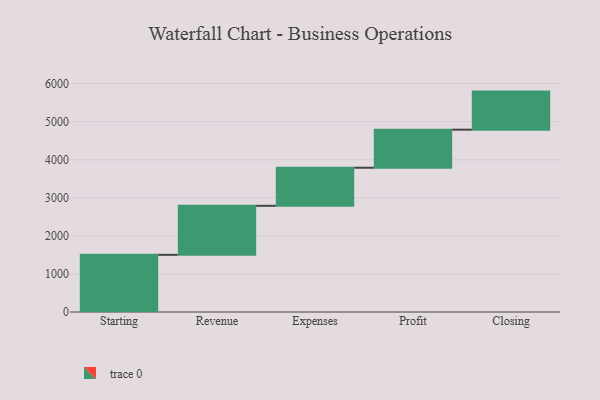
{"axis": {"x": "Step", "y": "Value"}, "legend": [""], "data": [{"x": "Starting", "y": 1502.0, "type": ""}, {"x": "Revenue", "y": 1288.0, "type": ""}, {"x": "Expenses", "y": 1000, "type": ""}, {"x": "Profit", "y": 1000, "type": ""}, {"x": "Closing", "y": 1000, "type": ""}]}